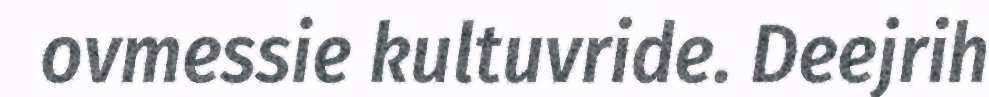
ovmessie kultuvride. Deejrih